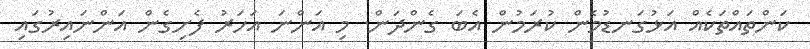
ކަންތައްތަކެއް އަޅުގަނޑުމެން ކުރަމުން އެބަ ގެންދަން. މި އަންނަ އަހަރު ފެށިގެން އަންނައިރުގައި